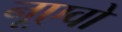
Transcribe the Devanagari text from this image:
नूएवो